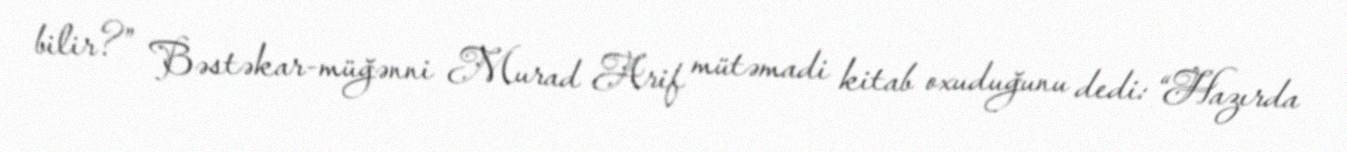
bilir?” Bəstəkar-müğənni Murad Arif mütəmadi kitab oxuduğunu dedi: “Hazırda